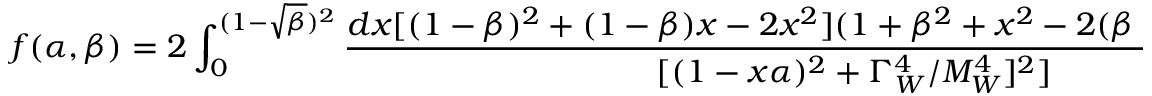
f ( \alpha , \beta ) = 2 \int _ { 0 } ^ { ( 1 - \sqrt { \beta } ) ^ { 2 } } { \frac { d x [ ( 1 - \beta ) ^ { 2 } + ( 1 - \beta ) x - 2 x ^ { 2 } ] ( 1 + \beta ^ { 2 } + x ^ { 2 } - 2 ( \beta + \beta x + x ) ) ^ { 1 / 2 } } { [ ( 1 - x \alpha ) ^ { 2 } + \Gamma _ { W } ^ { 4 } / M _ { W } ^ { 4 } ] ^ { 2 } ] } }